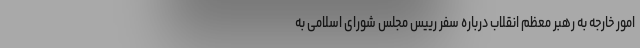
امور خارجه به رهبر معظم انقلاب درباره سفر رییس مجلس شورای اسلامی به